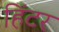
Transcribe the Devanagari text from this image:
हिंटर